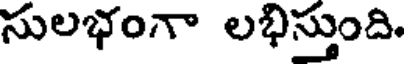
సులభంగా లభిస్తుంది.